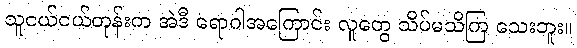
သူငယ်ငယ်တုန်းက အဲဒီ ရောဂါအကြောင်း လူတွေ သိပ်မသိကြ သေးဘူး။